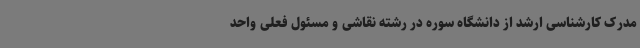
مدرک کارشناسی ارشد از دانشگاه سوره در رشته نقاشی و مسئول فعلی واحد